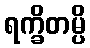
ရက္ခိတမ္ပိ